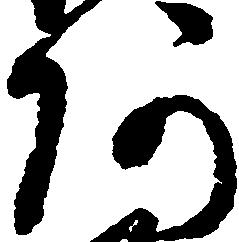
阿